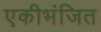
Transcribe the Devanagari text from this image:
एकीभंजित